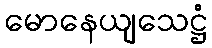
မောနေယျသေဋ္ဌံ